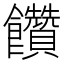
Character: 饡